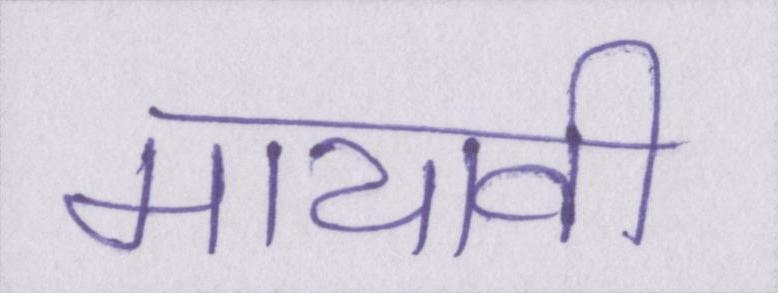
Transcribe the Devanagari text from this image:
मायावी